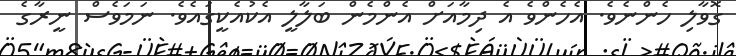
ގޮވާލި ހެންނެވެ. އެހެންވެ އެ ދިމާއަށް އެންމެން ބަލާލީ އެކުއެކީގައެވެ. ނަމަވެސް ނީރާގެ